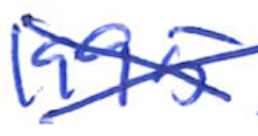
Text: 1995
Cross-out: cross
Writing tool: ballpoint